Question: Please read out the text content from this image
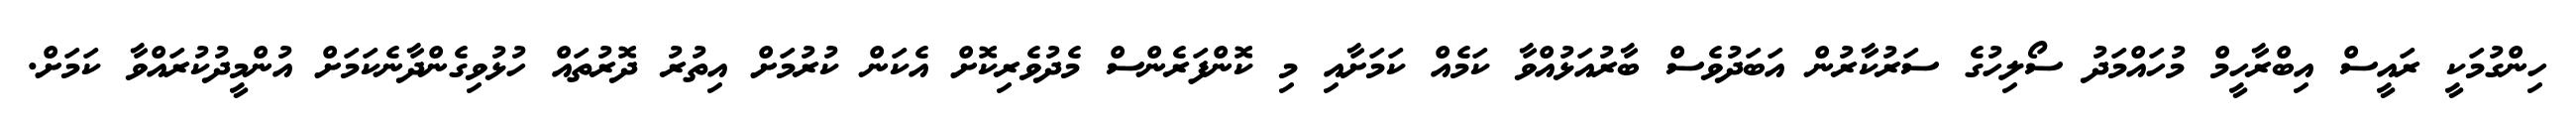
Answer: ހިންގުމަކީ ރައީސް އިބްރާހީމް މުހައްމަދު ސޯލިހުގެ ސަރުކާރުން އަބަދުވެސް ބާރުއަޅުއްވާ ކަމެއް ކަމަށާއި މި ކޮންފަރެންސް މެދުވެރިކޮށް އެކަން ކުރުމަށް އިތުރު ދޮރުތައް ހުޅުވިގެންދާނެކަމަށް އުންމީދުކުރައްވާ ކަމަށް.